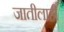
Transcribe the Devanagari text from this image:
जातीलाही